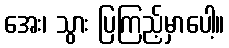
အေး၊ သွား ပြကြည့်မှာပေါ့။